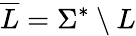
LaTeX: {\overline{{L}}}=\Sigma^{*}\setminus L